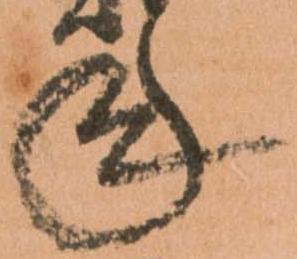
年